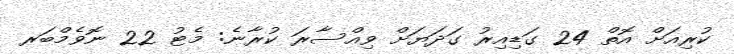
ކުރިއަށް އޮތް 24 ގަޑިއިރު ގަދަޔަށް ވިއްސާރަ ކުރާނެ: މެޓު 22 ނޮވެމްބަރ